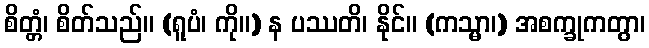
စိတ္တံ၊ စိတ်သည်။ (ရူပံ၊ ကို။) န ပဿတိ၊ နိုင်။ (ကသ္မာ၊) အစက္ခုကတွာ၊